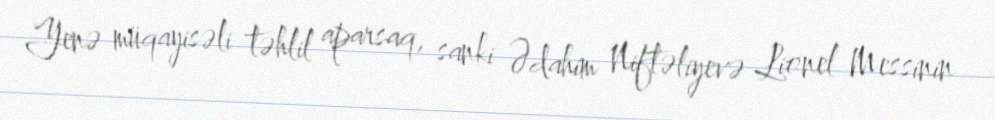
Yenə müqayisəli təhlil aparsaq, sanki Ədahim Niftəliyevə Lionel Messinin